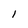
Character: 1